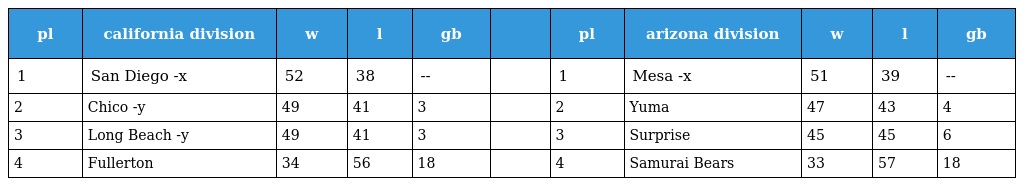
| pl | california division | w | l | gb |  | pl | arizona division | w | l | gb |
 | --- | --- | --- | --- | --- | --- | --- | --- | --- | --- | --- |
 | 1 | San Diego -x | 52 | 38 | -- |  | 1 | Mesa -x | 51 | 39 | -- |
 | 2 | Chico -y | 49 | 41 | 3 |  | 2 | Yuma | 47 | 43 | 4 |
 | 3 | Long Beach -y | 49 | 41 | 3 |  | 3 | Surprise | 45 | 45 | 6 |
 | 4 | Fullerton | 34 | 56 | 18 |  | 4 | Samurai Bears | 33 | 57 | 18 |